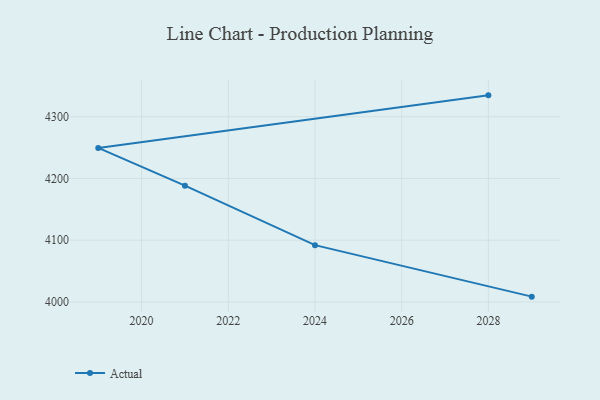
{"axis": {"x": "Year", "y": "Energy Usage (MWh)"}, "legend": ["Actual"], "data": [{"x": "2029", "y": 4008.5, "type": "Actual"}, {"x": "2024", "y": 4091.9, "type": "Actual"}, {"x": "2021", "y": 4188.3, "type": "Actual"}, {"x": "2019", "y": 4249.4, "type": "Actual"}, {"x": "2028", "y": 4334.6, "type": "Actual"}]}